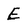
Character: E